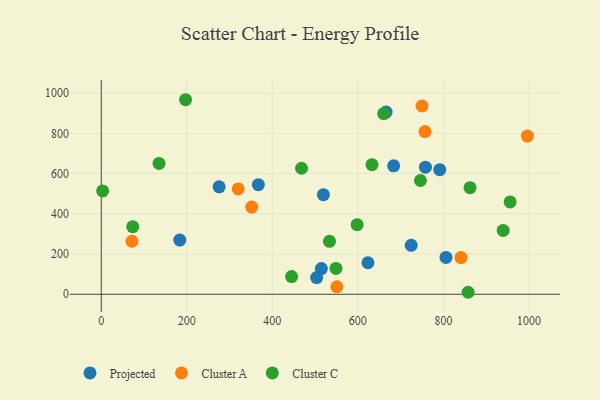
{"axis": {"x": "Ad Spend", "y": "Exam Score"}, "legend": ["Cluster A", "Cluster C", "Projected"], "data": [{"x": "724.7", "y": 243.1, "type": "Projected"}, {"x": "514.7", "y": 127.9, "type": "Projected"}, {"x": "623.6", "y": 156.7, "type": "Projected"}, {"x": "791.5", "y": 619.2, "type": "Projected"}, {"x": "666.0", "y": 905.7, "type": "Projected"}, {"x": "758.1", "y": 631.7, "type": "Projected"}, {"x": "519.5", "y": 495.3, "type": "Projected"}, {"x": "367.3", "y": 545.0, "type": "Projected"}, {"x": "806.1", "y": 183.2, "type": "Projected"}, {"x": "275.6", "y": 534.2, "type": "Projected"}, {"x": "683.7", "y": 638.6, "type": "Projected"}, {"x": "503.6", "y": 82.8, "type": "Projected"}, {"x": "183.6", "y": 269.3, "type": "Projected"}, {"x": "757.0", "y": 809.0, "type": "Cluster A"}, {"x": "550.9", "y": 37.0, "type": "Cluster A"}, {"x": "320.1", "y": 523.7, "type": "Cluster A"}, {"x": "351.8", "y": 433.6, "type": "Cluster A"}, {"x": "71.8", "y": 263.7, "type": "Cluster A"}, {"x": "841.2", "y": 182.6, "type": "Cluster A"}, {"x": "750.0", "y": 935.9, "type": "Cluster A"}, {"x": "996.4", "y": 786.4, "type": "Cluster A"}, {"x": "468.3", "y": 626.6, "type": "Cluster C"}, {"x": "633.0", "y": 644.1, "type": "Cluster C"}, {"x": "862.3", "y": 529.8, "type": "Cluster C"}, {"x": "3.2", "y": 514.0, "type": "Cluster C"}, {"x": "857.9", "y": 9.9, "type": "Cluster C"}, {"x": "197.1", "y": 967.2, "type": "Cluster C"}, {"x": "73.6", "y": 336.0, "type": "Cluster C"}, {"x": "598.3", "y": 346.0, "type": "Cluster C"}, {"x": "135.1", "y": 650.6, "type": "Cluster C"}, {"x": "956.1", "y": 459.0, "type": "Cluster C"}, {"x": "660.4", "y": 897.7, "type": "Cluster C"}, {"x": "445.1", "y": 87.9, "type": "Cluster C"}, {"x": "548.8", "y": 128.5, "type": "Cluster C"}, {"x": "939.8", "y": 317.4, "type": "Cluster C"}, {"x": "746.3", "y": 565.7, "type": "Cluster C"}, {"x": "533.6", "y": 263.0, "type": "Cluster C"}]}